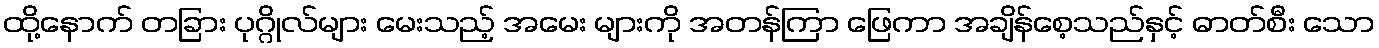
ထို့နောက် တခြား ပုဂ္ဂိုလ်များ မေးသည့် အမေး များကို အတန်ကြာ ဖြေကာ အချိန်စေ့သည်နှင့် ဓာတ်စီး သော